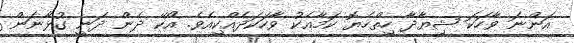
އަންނަ ވާހަކަ ޝިޔާދާ ހިތްހެޔޮ ކަމާއެކު ވާހަކަދެއްކިއެވެ. އޯކޭ ދެން ދަނީ ގުޅާނަން